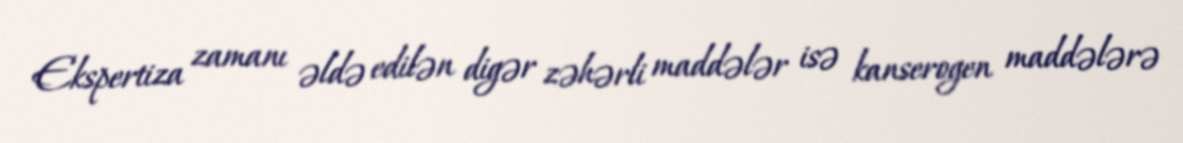
Ekspertiza zamanı əldə edilən digər zəhərli maddələr isə kanserogen maddələrə